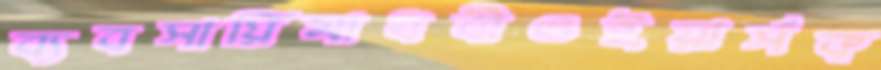
ব্যবসায়িমাধবীওইয়ার্সক্